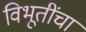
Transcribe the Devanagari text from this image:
विभूतींचा